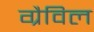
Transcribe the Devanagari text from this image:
ग्रैविल